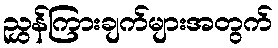
ညွှန်ကြားချက်များအတွက်